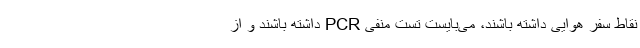
نقاط سفر هوایی داشته باشند، می‌بایست تست منفی PCR داشته باشند و از